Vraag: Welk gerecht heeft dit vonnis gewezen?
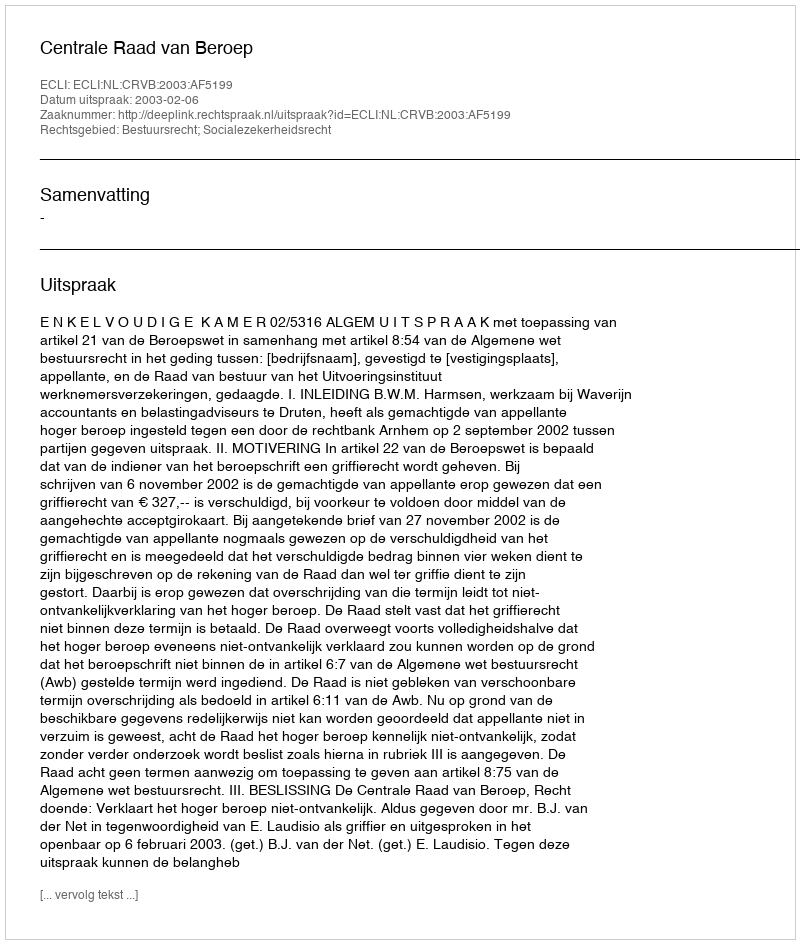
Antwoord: Centrale Raad van Beroep